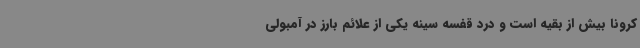
کرونا بیش از بقیه است و درد قفسه سینه یکی از علائم بارز در آمبولی